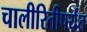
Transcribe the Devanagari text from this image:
चालीरितीपर्यंत